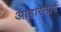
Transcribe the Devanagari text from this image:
आहारमार्ग